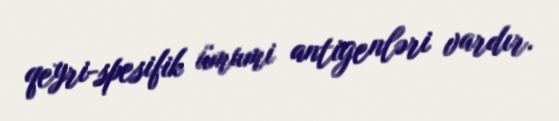
qeyri-spesifik ümumi antigenləri vardır.